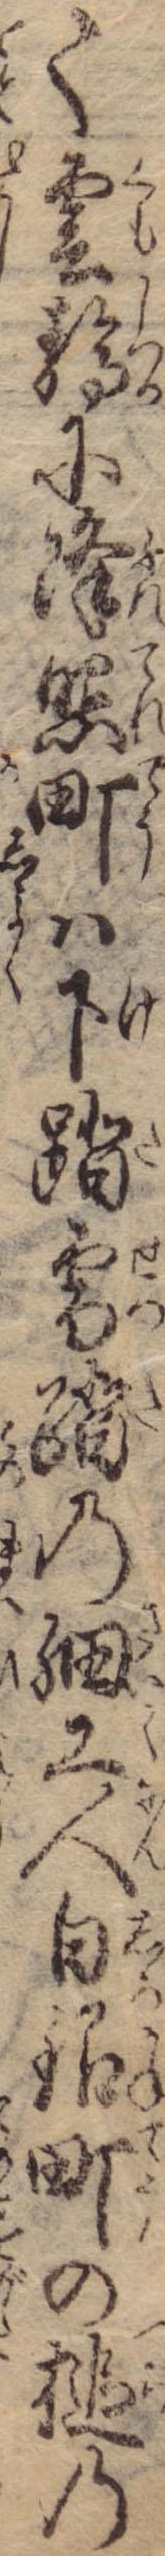
て雲静に降照町は下踏雪踏の細工人白銀町の槌の